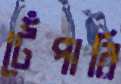
টেঁপারি